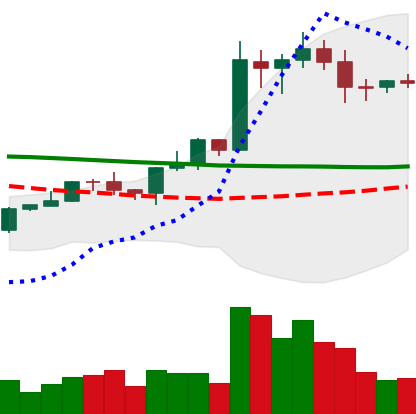
Ticker: EOS-USD
Chart end date: 2020-01-22
Forward return: 8.582%
Label: up_7plus